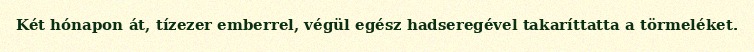
Két hónapon át, tízezer emberrel, végül egész hadseregével takaríttatta a törmeléket.